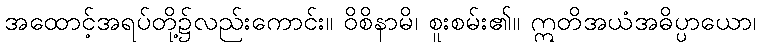
အထောင့်အရပ်တို့၌လည်းကောင်း။ ဝိစိနာမိ၊ စူးစမ်း၏။ ဣတိအယံအဓိပ္ပာယော၊